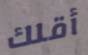
أقلك